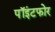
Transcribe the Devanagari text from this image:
पॉइंटफोर